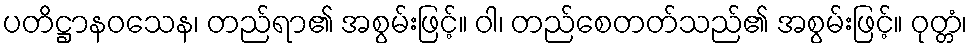
ပတိဋ္ဌာနဝသေန၊ တည်ရာ၏ အစွမ်းဖြင့်။ ဝါ၊ တည်စေတတ်သည်၏ အစွမ်းဖြင့်။ ဝုတ္တံ၊